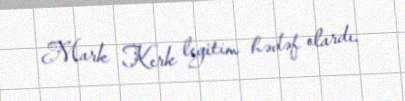
Mark Kerk legitim hədəf olardı.